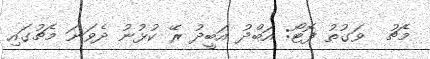
މެޗު  ވަގުތު ފޮޓޯ: އަބްދު އަބީދު ރޭ ކުޅުނު ދެވަަނަ މެޗުގައި